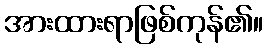
အားထားရာဖြစ်ကုန်၏။